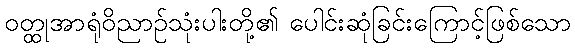
ဝတ္ထုအာရုံဝိညာဉ်သုံးပါးတို့၏ ပေါင်းဆုံခြင်းကြောင့်ဖြစ်သော